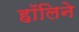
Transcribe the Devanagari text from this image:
हॉलिने